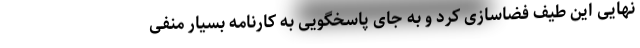
نهایی این طیف فضاسازی کرد و به جای پاسخگویی به کارنامه بسیار منفی